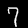
Digit: 7